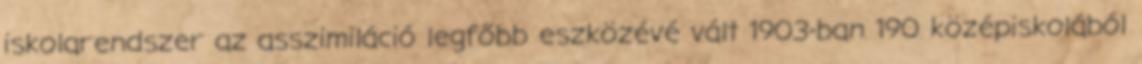
iskolarendszer az asszimiláció legfőbb eszközévé vált 1903-ban 190 középiskolából